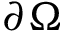
\partial \Omega